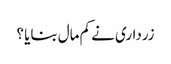
زرداری نے کم مال بنایا ؟